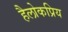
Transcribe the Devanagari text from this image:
हैलोकप्रिय